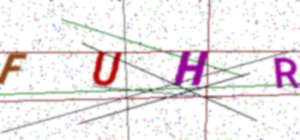
Text: FUHR